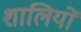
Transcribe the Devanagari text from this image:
शालियों